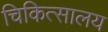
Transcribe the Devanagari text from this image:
चिकित्‍सालय